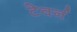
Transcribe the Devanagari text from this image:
टेवर्न